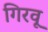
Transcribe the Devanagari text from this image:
गिरवू